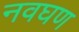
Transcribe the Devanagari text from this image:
नवघण